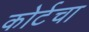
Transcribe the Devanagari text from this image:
कोर्टचा